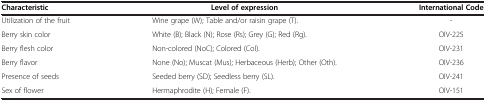
| Characteristic | Level of expression | International Code |
 | --- | --- | --- |
 | Utilization of the fruit | Wine grape (W); Table and/or raisin grape (T). | - |
 | Berry skin color | White (B); Black (N); Rose (Rs); Grey (G); Red (Rg). | OIV-225 |
 | Berry flesh color | Non-colored (NoC); Colored (Col). | OIV-231 |
 | Berry flavor | None (No); Muscat (Mus); Herbaceous (Herb); Other (Oth). | OIV-236 |
 | Presence of seeds | Seeded berry (SD); Seedless berry (SL). | OIV-241 |
 | Sex of flower | Hermaphrodite (H); Female (F). | OIV-151 |